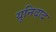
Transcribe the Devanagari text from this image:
यूनिदाद